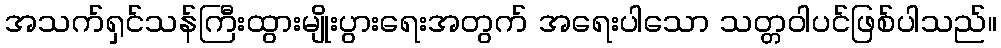
အသက်ရှင်သန်ကြီးထွားမျိုးပွားရေးအတွက် အရေးပါသော သတ္တဝါပင်ဖြစ်ပါသည်။